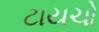
ટાયચો